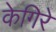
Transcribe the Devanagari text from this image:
केगिरे